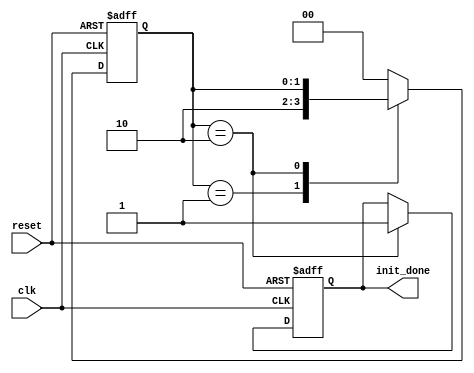
module ClockCycleInitialization (
    input wire clk,          // Clock signal
    input wire reset,        // Reset signal (active high)
    output reg init_done     // Initialized state indicator
);

// Internal state variable for initialization
reg [1:0] init_state; // 2-bit state variable to represent different states of initialization

// State encoding
localparam IDLE      = 2'b00; // Idle state before initialization
localparam INIT      = 2'b01; // Initialization in progress
localparam DONE      = 2'b10; // Initialization done

// Initialization procedure
always @(posedge clk or posedge reset) begin
    if (reset) begin
        // On reset, initialize the variables
        init_state <= INIT; // Start initialization process
        init_done <= 1'b0;   // Indicate not done
    end else begin
        case (init_state)
            INIT: begin
                // Perform initialization logic here
                // (e.g., setting registers, configuring components, etc.)
                // For example, after some condition, move to DONE state
                // (In a real design, you would have conditions or counters to determine completion)
                
                // Assuming initialization completes immediately for demonstration
                init_state <= DONE;
            end
            
            DONE: begin
                // Once initialization is complete
                init_done <= 1'b1; // Set the initialization done flag
                // Remain in DONE state for normal operation
                // You may choose to reset back to IDLE if further re-initialization is needed
                // init_state <= IDLE; // Uncomment if needed for further control
            end
            
            default: begin
                init_state <= IDLE; // Default case to avoid latches
            end
        endcase
    end
end

endmodule